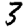
Digit: 3